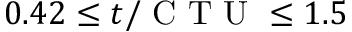
0 . 4 2 \leq t / \mathrm { ~ C ~ T ~ U ~ } \leq 1 . 5